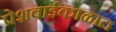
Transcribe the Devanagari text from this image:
पेशवाईकाळात